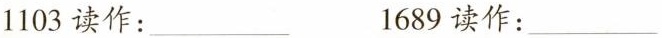
1103读作：___ 1689读作：___